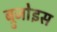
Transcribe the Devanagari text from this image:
ब्रुजोइस